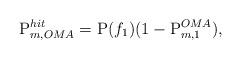
LaTeX: \begin{align*}\mathrm{P}^{hit}_{m,OMA} = \mathrm{P}(f_1) (1-\mathrm{P}^{OMA}_{m,1}),\end{align*}